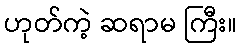
ဟုတ်ကဲ့ ဆရာမ ကြီး။